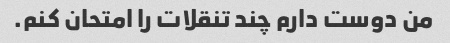
من دوست دارم چند تنقلات را امتحان کنم.